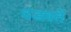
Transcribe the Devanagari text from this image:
दंडवतें